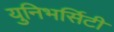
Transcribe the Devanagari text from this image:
युनिभर्सिटी